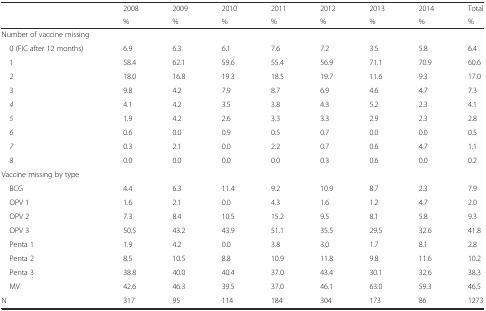
<table><thead><tr><td rowspan="2"></td><td><b>2008</b></td><td><b>2009</b></td><td><b>2010</b></td><td><b>2011</b></td><td><b>2012</b></td><td><b>2013</b></td><td><b>2014</b></td><td><b>Total</b></td></tr><tr><td><b>%</b></td><td><b>%</b></td><td><b>%</b></td><td><b>%</b></td><td><b>%</b></td><td><b>%</b></td><td><b>%</b></td><td><b>%</b></td></tr></thead><tbody><tr><td>Number of vaccine missing</td><td></td><td></td><td></td><td></td><td></td><td></td><td></td><td></td></tr><tr><td> 0 (FIC after 12 months)</td><td>6.9</td><td>6.3</td><td>6.1</td><td>7.6</td><td>7.2</td><td>3.5</td><td>5.8</td><td>6.4</td></tr><tr><td> 1</td><td>58.4</td><td>62.1</td><td>59.6</td><td>55.4</td><td>56.9</td><td>71.1</td><td>70.9</td><td>60.6</td></tr><tr><td> 2</td><td>18.0</td><td>16.8</td><td>19.3</td><td>18.5</td><td>19.7</td><td>11.6</td><td>9.3</td><td>17.0</td></tr><tr><td> 3</td><td>9.8</td><td>4.2</td><td>7.9</td><td>8.7</td><td>6.9</td><td>4.6</td><td>4.7</td><td>7.3</td></tr><tr><td> <i>4</i></td><td>4.1</td><td>4.2</td><td>3.5</td><td>3.8</td><td>4.3</td><td>5.2</td><td>2.3</td><td>4.1</td></tr><tr><td> <i>5</i></td><td>1.9</td><td>4.2</td><td>2.6</td><td>3.3</td><td>3.3</td><td>2.9</td><td>2.3</td><td>2.8</td></tr><tr><td> <i>6</i></td><td>0.6</td><td>0.0</td><td>0.9</td><td>0.5</td><td>0.7</td><td>0.0</td><td>0.0</td><td>0.5</td></tr><tr><td> <i>7</i></td><td>0.3</td><td>2.1</td><td>0.0</td><td>2.2</td><td>0.7</td><td>0.6</td><td>4.7</td><td>1.1</td></tr><tr><td> <i>8</i></td><td>0.0</td><td>0.0</td><td>0.0</td><td>0.0</td><td>0.3</td><td>0.6</td><td>0.0</td><td>0.2</td></tr><tr><td>Vaccine missing by type</td><td></td><td></td><td></td><td></td><td></td><td></td><td></td><td></td></tr><tr><td> BCG</td><td>4.4</td><td>6.3</td><td>11.4</td><td>9.2</td><td>10.9</td><td>8.7</td><td>2.3</td><td>7.9</td></tr><tr><td> OPV 1</td><td>1.6</td><td>2.1</td><td>0.0</td><td>4.3</td><td>1.6</td><td>1.2</td><td>4.7</td><td>2.0</td></tr><tr><td> OPV 2</td><td>7.3</td><td>8.4</td><td>10.5</td><td>15.2</td><td>9.5</td><td>8.1</td><td>5.8</td><td>9.3</td></tr><tr><td> OPV 3</td><td>50.5</td><td>43.2</td><td>43.9</td><td>51.1</td><td>35.5</td><td>29.5</td><td>32.6</td><td>41.8</td></tr><tr><td> Penta 1</td><td>1.9</td><td>4.2</td><td>0.0</td><td>3.8</td><td>3.0</td><td>1.7</td><td>8.1</td><td>2.8</td></tr><tr><td> Penta 2</td><td>8.5</td><td>10.5</td><td>8.8</td><td>10.9</td><td>11.8</td><td>9.8</td><td>11.6</td><td>10.2</td></tr><tr><td> Penta 3</td><td>38.8</td><td>40.0</td><td>40.4</td><td>37.0</td><td>43.4</td><td>30.1</td><td>32.6</td><td>38.3</td></tr><tr><td> MV</td><td>42.6</td><td>46.3</td><td>39.5</td><td>37.0</td><td>46.1</td><td>63.0</td><td>59.3</td><td>46.5</td></tr><tr><td>N</td><td>317</td><td>95</td><td>114</td><td>184</td><td>304</td><td>173</td><td>86</td><td>1273</td></tr></tbody></table>